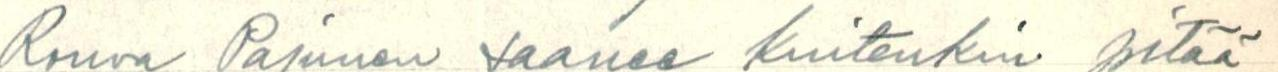
Rouva Pajunen saanee kuitenkin pitää